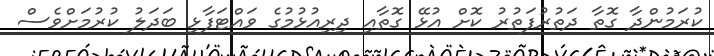
ކުރަމުންދާ ގޮތާ ދަތުރުފަތުރު ކޮށް އުޅޭ ގޮތާއި ދިރިއުޅުމުގެ ވައްޓަފާޅި ބަދަލު ކުރުމަށްވެސް